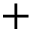
+